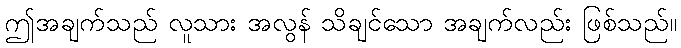
ဤအချက်သည် လူသား အလွန် သိချင်သော အချက်လည်း ဖြစ်သည်။